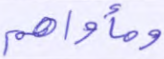
ومأواهم